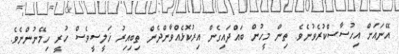
އޭނައަށް އިހުސާސްކުރެވުނެވެ. ތިން މީހުން ބައްދައިގެން އިރުކޮޅެއްވާންދެން ތިބިއިރު ޚަލީސީވެސް ހުރީ ހިމޭނުންނެވެ.